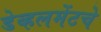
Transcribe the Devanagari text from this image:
डेव्हलमेंटचे